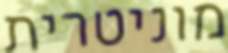
מוניטרית